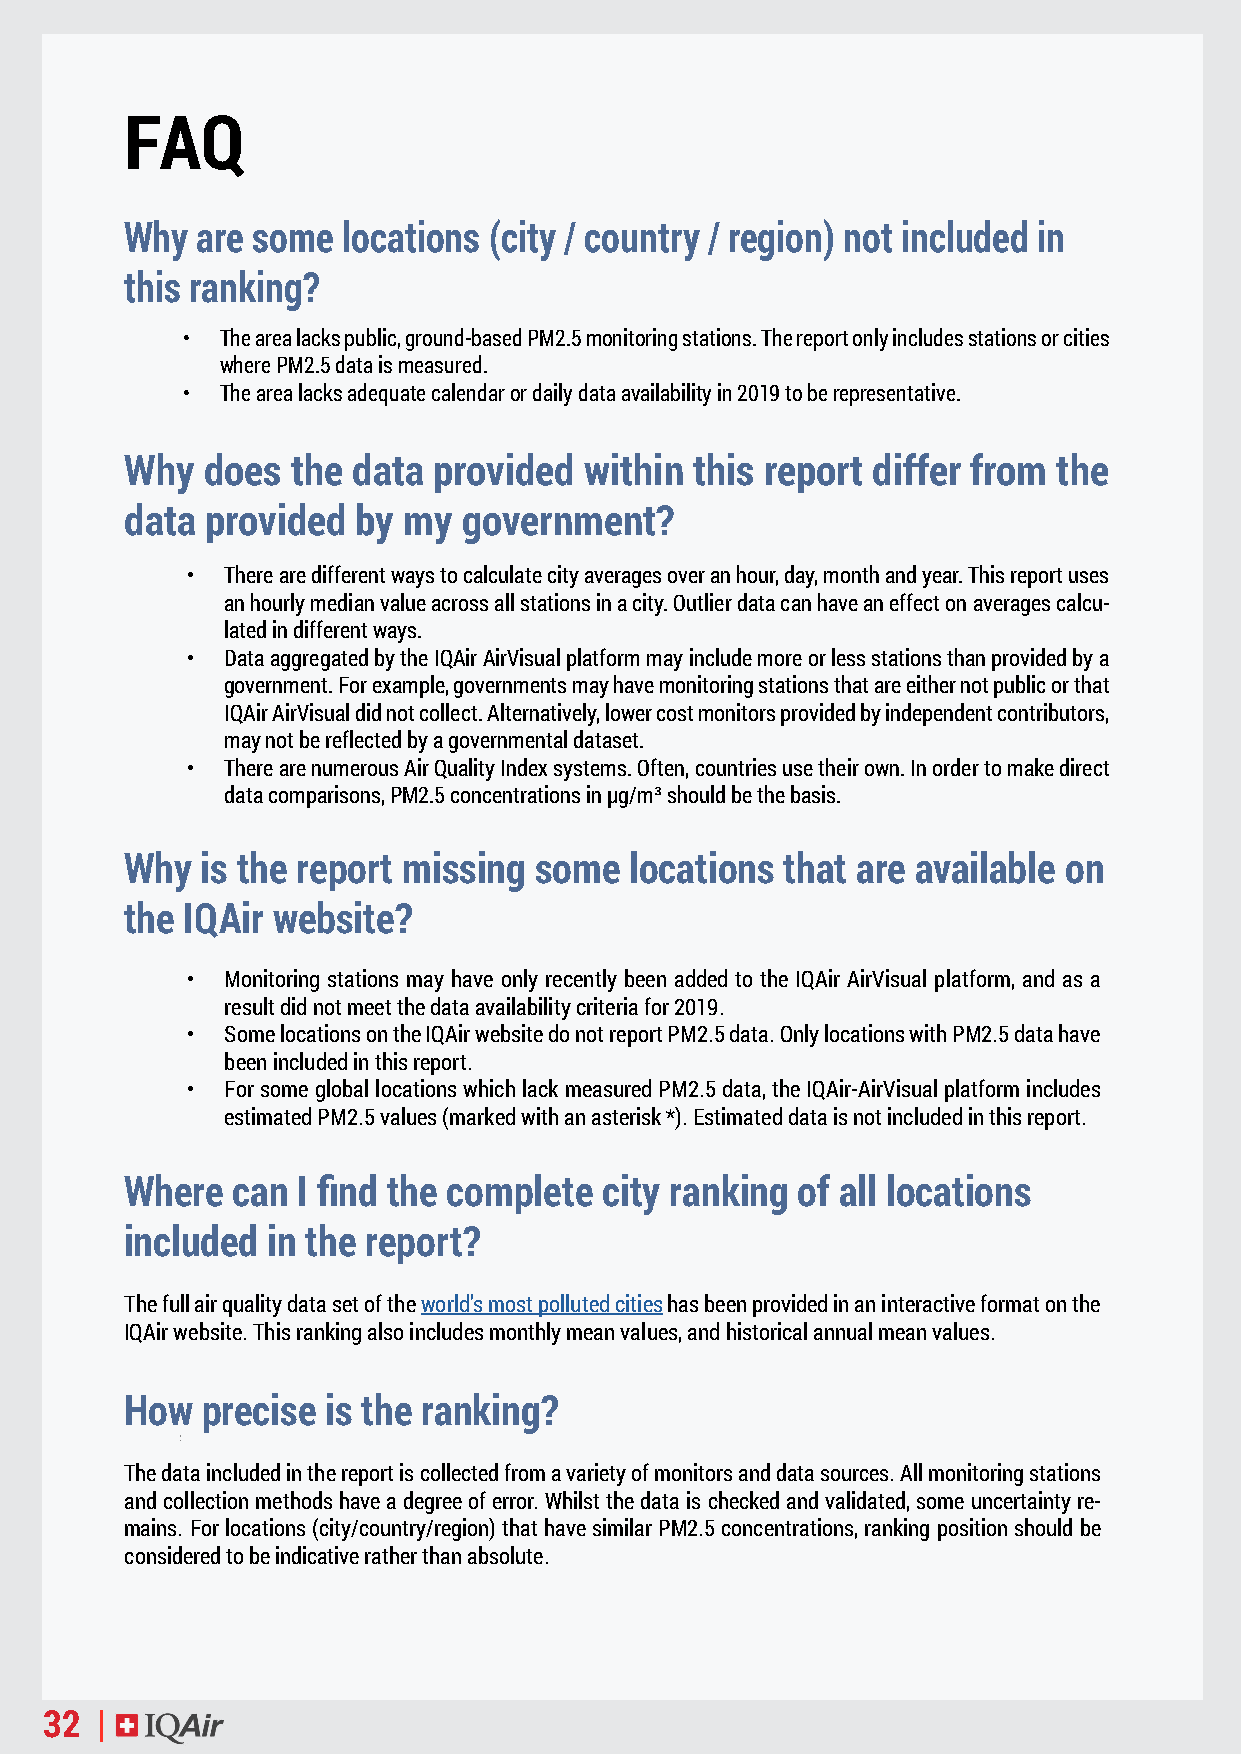
FAQ
 Why  are some  locations (city / country / region) not included in
 this ranking?
 •  The area lacks public, ground-based PM2.5 monitoring stations. The report only includes stations or cities
 where PM2.5 data is measured.
 •  The area lacks adequate calendar or daily data availability in 2019 to be representative.
 Why  does  the data  provided  within this report differ from the
 data  provided  by my  government?
 •  There are different ways to calculate city averages over an hour, day, month and year. This report uses
 an hourly median value across all stations in a city. Outlier data can have an effect on averages calcu-
 lated in different ways.
 •  Data aggregated by the IQAir AirVisual platform may include more or less stations than provided by a
 government. For example, governments may have monitoring stations that are either not public or that
 IQAir AirVisual did not collect. Alternatively, lower cost monitors provided by independent contributors,
 may not be reflected by a governmental dataset.
 •  There are numerous Air Quality Index systems. Often, countries use their own. In order to make direct
 data comparisons, PM2.5 concentrations in µg/m³ should be the basis.
 Why  is the report missing some   locations that are available on
 the IQAir website?
 •  Monitoring stations may have only recently been added to the IQAir AirVisual platform, and as a
 result did not meet the data availability criteria for 2019.
 •  Some locations on the IQAir website do not report PM2.5 data. Only locations with PM2.5 data have
 been included in this report.
 •  For some global locations which lack measured PM2.5 data, the IQAir-AirVisual platform includes
 estimated PM2.5 values (marked with an asterisk *). Estimated data is not included in this report.
 Where  can  I find the complete city ranking of all locations
 included  in the report?
 The full air quality data set of the world’s most polluted cities has been provided in an interactive format on the
 IQAir website. This ranking also includes monthly mean values, and historical annual mean values.
 How  precise  is the ranking?
 The data included in the report is collected from a variety of monitors and data sources. All monitoring stations
 and collection methods have a degree of error. Whilst the data is checked and validated, some uncertainty re-
 mains. For locations (city/country/region) that have similar PM2.5 concentrations, ranking position should be
 considered to be indicative rather than absolute.
 32 |